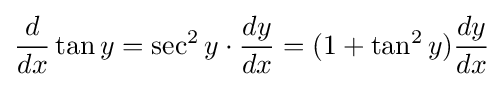
{d \over dx}\tan y=\sec ^{2}y\cdot {dy \over dx}=(1+\tan ^{2}y){dy \over dx}